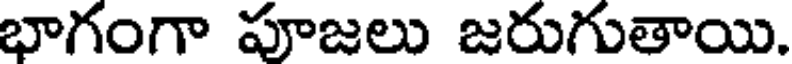
భాగంగా పూజలు జరుగుతాయి.